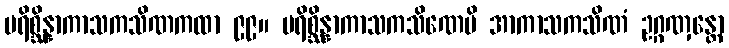
ပရိစ္ဆိန္နာကာသကသိဏကထာ ၉၉။ ပရိစ္ဆိန္နာကာသကသိဏေပိ အာကာသကသိဏံ ဥဂ္ဂဏှန္တော